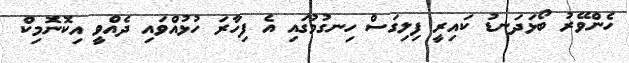
ހެންވޭރު ބޯޅަދަނޑު ކައިރީ ފިލިގަސް ހިނގުމުގައި އެ ފިހާރަ ހުޅުއްވައި ދެއްވީ އިކޮނޮމިކް